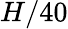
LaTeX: H/40